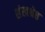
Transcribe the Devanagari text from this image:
शंखश्रेष्ठ